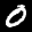
Label: 0